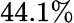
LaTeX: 44.1\%